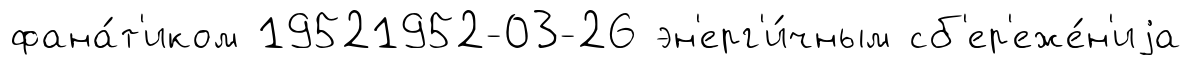
фана́т'иком 19521952-03-26 эн'ерг'и́чным сб'ер'еже́н'иjа